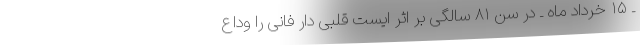
ـ ۱۵ خرداد ماه ـ در سن ۸۱ سالگی بر اثر ایست قلبی دار فانی را وداع